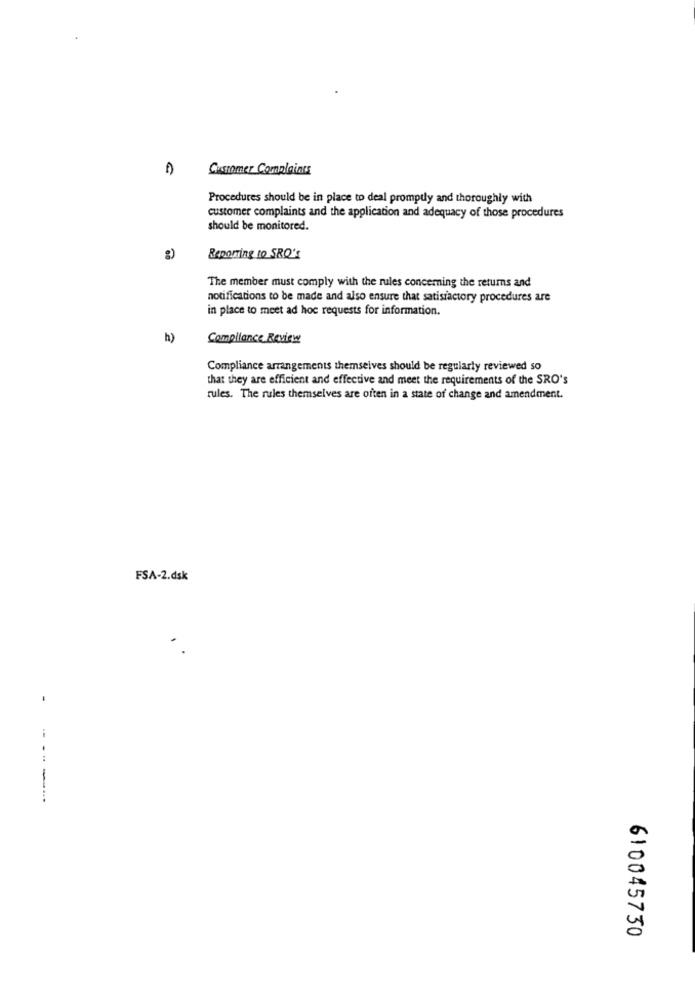
Customer Complaints
Procedures should be in place to deal promptly and thoroughly with
customer complaints and the application and adequacy of those procedures
should be monitored.
g)
Reporting 10 SRO'S
The member must comply with the rules concerning the returns and
notifications to be made and also ensure that satisfactory procedures are
in place to meet ad hoc requests for information.
h)
Compliance Review
Compliance arrangements themselves should be regularly reviewed so
that they are efficient and effective and meet the requirements of the SRO's
rules. The rules themselves are often in a state of change and amendment.
FSA-2.dsk
-
-----
610045730